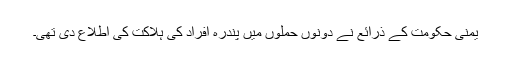
یمنی حکومت کے ذرائع نے دونوں حملوں میں پندرہ افراد کی ہلاکت کی اطلاع دی تھی۔